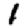
Digit: 1